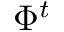
\Phi ^ { t }